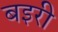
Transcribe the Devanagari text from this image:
बइरी